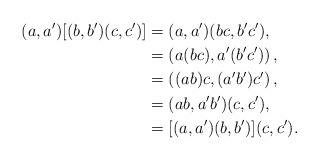
LaTeX: \begin{align*}(a,a^{\prime})[(b,b^{\prime})(c,c^{\prime})] & =(a,a^{\prime})(bc,b^{\prime}c^{\prime}),\\& =\left( a(bc),a^{\prime}(b^{\prime}c^{\prime})\right) ,\\& =\left( (ab)c,(a^{\prime}b^{\prime})c^{\prime}\right) ,\\& =(ab,a^{\prime}b^{\prime})(c,c^{\prime}),\\& =[(a,a^{\prime})(b,b^{\prime})](c,c^{\prime}).\end{align*}